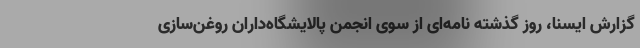
گزارش ایسنا، روز گذشته نامه‌ای از سوی انجمن پالایشگاه‌داران روغن‌سازی